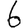
Digit: 6